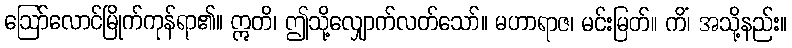
ဩော်လောင်မြိုက်ကုန်ရာ၏။ ဣတိ၊ ဤသို့လျှောက်လတ်သော်။ မဟာရာဇ၊ မင်းမြတ်။ ကိံ၊ အသို့နည်း။